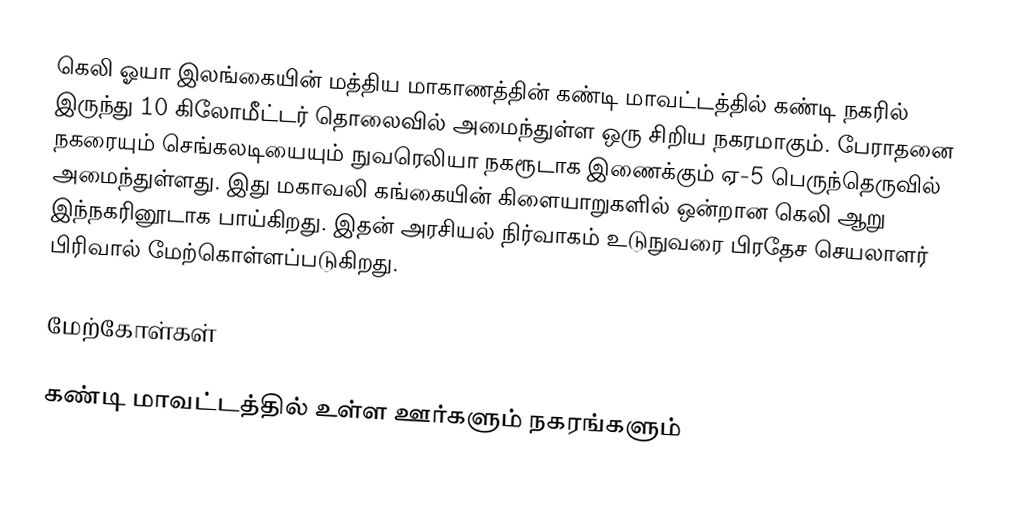
கெலி ஓயா இலங்கையின் மத்திய மாகாணத்தின்  கண்டி மாவட்டத்தில் கண்டி நகரில் இருந்து 10 கிலோமீட்டர் தொலைவில் அமைந்துள்ள ஒரு சிறிய நகரமாகும். பேராதனை நகரையும் செங்கலடியையும் நுவரெலியா  நகரூடாக இணைக்கும் ஏ-5 பெருந்தெருவில் அமைந்துள்ளது. இது மகாவலி கங்கையின் கிளையாறுகளில் ஒன்றான கெலி ஆறு இந்நகரினூடாக பாய்கிறது. இதன் அரசியல் நிர்வாகம் உடுநுவரை பிரதேச செயலாளர் பிரிவால் மேற்கொள்ளப்படுகிறது.

மேற்கோள்கள்

கண்டி மாவட்டத்தில் உள்ள ஊர்களும் நகரங்களும்